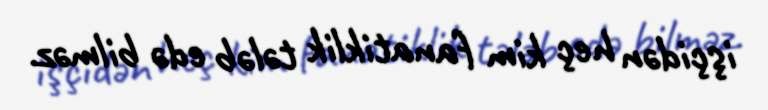
işçidən heç kim fanatiklik tələb edə bilməz.